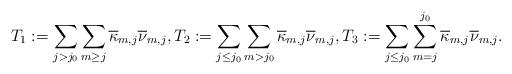
LaTeX: \begin{align*}T_1 := \sum_{j> j_0} \sum_{m\ge j} \overline\kappa_{m,j} \overline \nu_{m,j}, T_2 := \sum_{j\le j_0} \sum_{m > j_0} \overline \kappa_{m,j} \overline \nu_{m,j}, T_3 := \sum_{j\le j_0} \sum_{m=j}^{j_0} \overline \kappa_{m,j} \overline \nu_{m,j}. \end{align*}